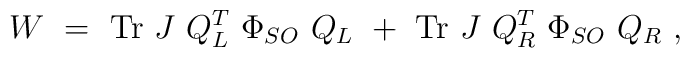
W ~=~  {\rm Tr}~ J~ Q_L^T ~ \Phi_{SO} ~ Q_L~+ ~ {\rm Tr}~ J~Q_R^T~\Phi_{SO}~Q_R~,